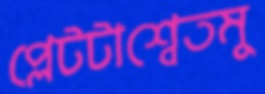
প্লেটটাশ্বেতমু